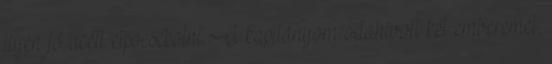
ilyen jó acélt elpocsékolni. A kapitányom odahívott két emberemet,